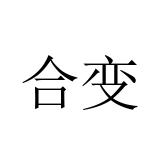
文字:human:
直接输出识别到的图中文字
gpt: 合变